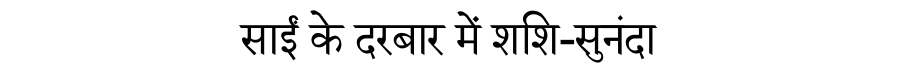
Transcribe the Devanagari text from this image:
साईं के दरबार में शशि-सुनंदा